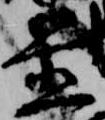
置